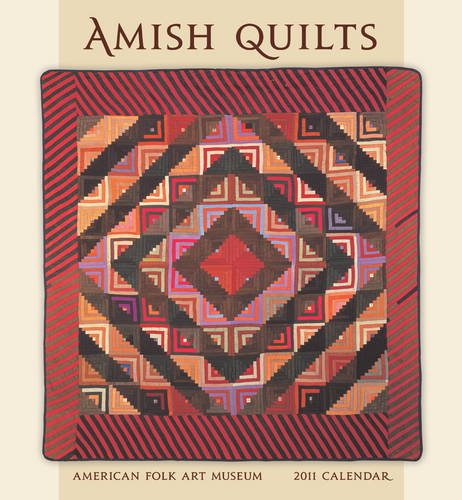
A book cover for Amish Quilts 2011 Wall Calendar; American Folk Art Museum; Calendars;